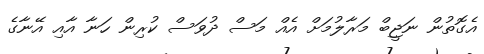
އެގޮތުން ނަޖީބް މަރާލުމަށް އެއް މަސް ދުވަސް ކުރިން ހަނާ އާއި އޭނާގެ